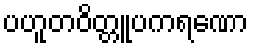
ပဟူတဝိတ္တူပကရဏော